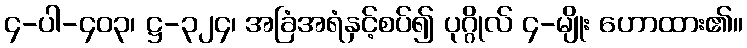
၄-ပါ-၄၀၃၊ ဋ္ဌ-၃၂၄၊ အခြံအရံနှင့်စပ်၍ ပုဂ္ဂိုလ် ၄-မျိုး ဟောထား၏။